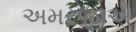
અમરજીએ